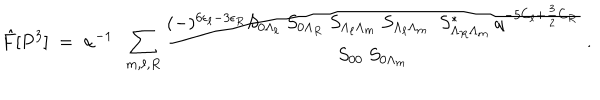
{ \hat { F } } [ P ^ { 3 } ] ~ = ~ { \alpha } ^ { - 1 } ~ ~ \sum _ { m , \ell , R } { \frac { ( - ) ^ { 6 \epsilon _ { \ell } - 3 \epsilon _ { R } } { S _ { 0 \Lambda _ { \ell } } ~ S _ { 0 \Lambda _ { R } } ~ S _ { \Lambda _ { \ell } \Lambda _ { m } } ~ S _ { \Lambda _ { \ell } \Lambda _ { m } } ~ ~ S _ { \Lambda _ { R } \Lambda _ { m } } ^ { * } ~ q ^ { - 5 C _ { \ell } + { \frac { 3 } { 2 } } C _ { R } } } } { S _ { 0 0 } ~ S _ { 0 \Lambda _ { m } } } } ~ .